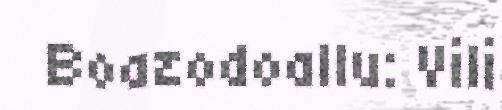
Boazodoallu: Vili